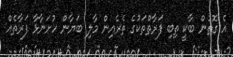
އެ ގޮތުން ބާކީ ތިބި ފަރާތްތަކުގެ ތެރެއިން މާލި ބަޔާން ހުށަނާޅާ ފަރާތެއް